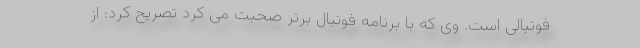
فوتبالی است. وی که با برنامه فوتبال برتر صحبت می کرد تصریح کرد: از